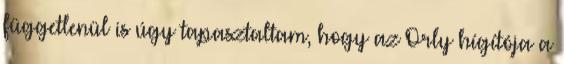
függetlenül is úgy tapasztaltam, hogy az Orly hígítója a